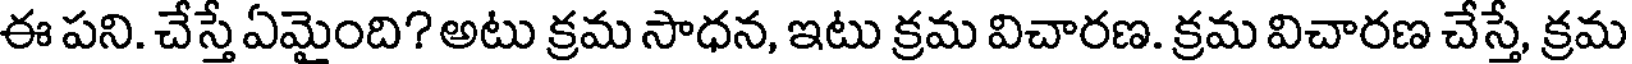
ఈ పని. చేస్తే ఏమైంది? అటు క్రమ సాధన, ఇటు క్రమ విచారణ. క్రమ విచారణ చేస్తే, క్రమ